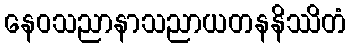
နေဝသညာနာသညာယတနနိဿိတံ